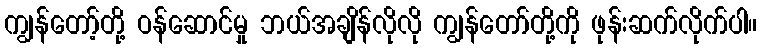
ကျွန်တော့်တို့ ဝန်ဆောင်မှု ဘယ်အချိန်လိုလို ကျွန်တော်တို့ကို ဖုန်းဆက်လိုက်ပါ။